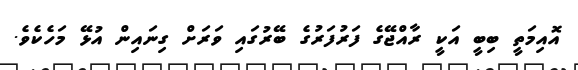
އޮއިމަތީ ބިބީ އަކީ ރާއްޖޭގެ ފަރުފަރުގެ ބޭރުގައި ވަރަށް ގިނައިން އުޅޭ މަހެކެވެ.